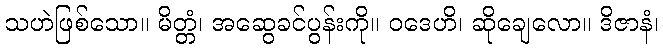
သဟဲဖြစ်သော။ မိတ္တံ၊ အဆွေခင်ပွန်းကို။ ဝဒေဟိ၊ ဆိုချေလော။ ဒိဇာနံ၊